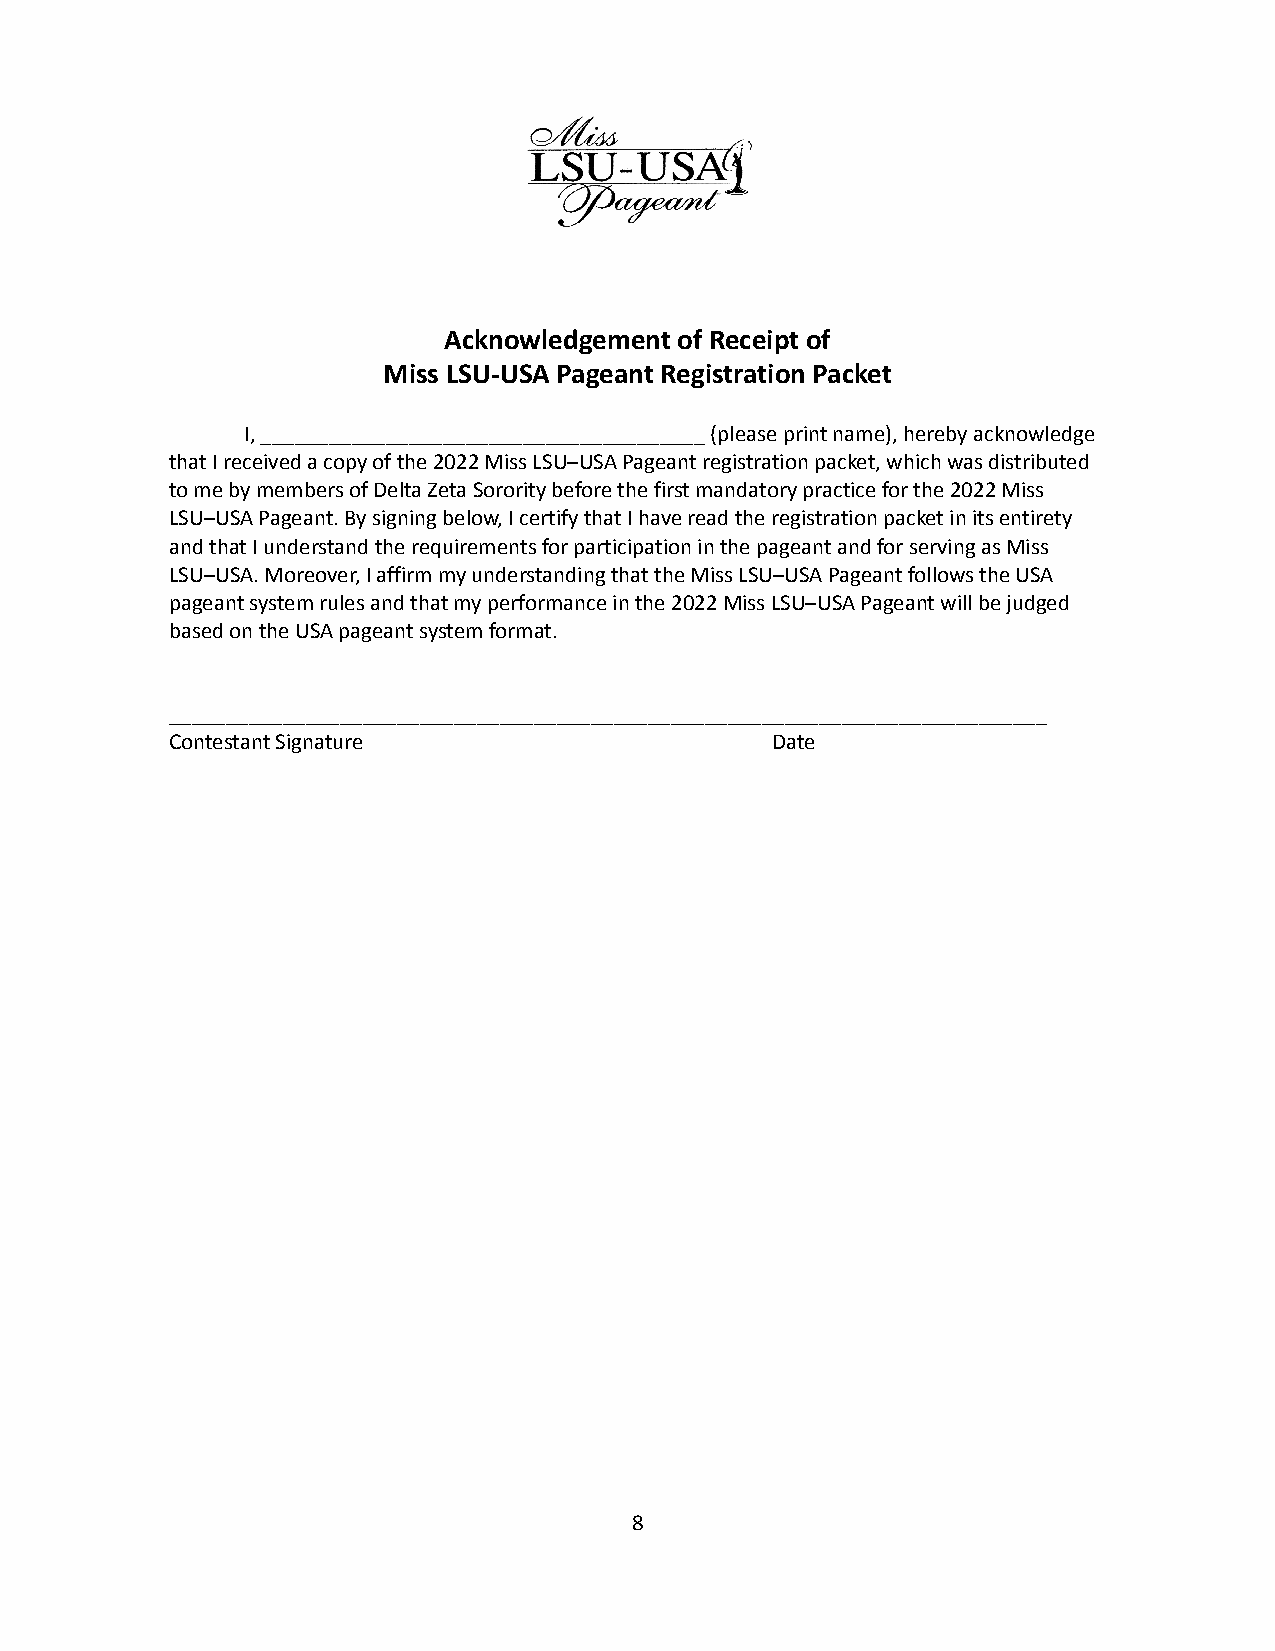
Acknowledgement of Receipt of
 Miss LSU-USA Pageant Registration Packet
 I, _______________________________________ (please print name), hereby acknowledge
 that I received a copy of the 2022 Miss LSU–USA Pageant registration packet, which was distributed
 to me by members of Delta Zeta Sorority before the first mandatory practice for the 2022 Miss
 LSU–USA Pageant. By signing below, I certify that I have read the registration packet in its entirety
 and that I understand the requirements for participation in the pageant and for serving as Miss
 LSU–USA. Moreover, I affirm my understanding that the Miss LSU–USA Pageant follows the USA
 pageant system rules and that my performance in the 2022 Miss LSU–USA Pageant will be judged
 based on the USA pageant system format.
 _____________________________________________________________________________
 Contestant Signature                    Date
 8